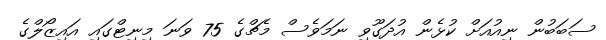
ސަބަބުން ނިއުއަށް ކުޅެން އުދަގޫވި ނަމަވެސް މެޗްގެ 75 ވަނަ މިނިޓްގައި އައިޒޯލްގެ